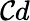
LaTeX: \mathcal{C}d